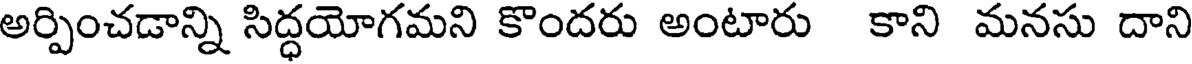
అర్పించడాన్ని సిద్ధయోగమని కొందరు అంటారు కాని మనసు దాని